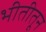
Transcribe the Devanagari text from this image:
भीतीतून